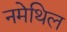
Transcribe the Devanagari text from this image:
नमेथिल